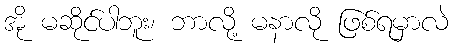
အို မဆိုင်ပါဘူး၊ ဘာလို့ မနာလို ဖြစ်ရမှာလဲ